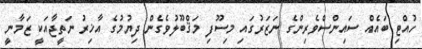
ހުއްޓި ބައެއް ސައިންސްވެރިންގެ ނަޒަރުގައި މިސޫފި މަޤްބޫލުވެގެން ދިޔުމުގެ އާޚިރު ނަތީޖާއަކީ ޒަމާނީ